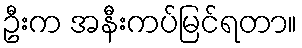
ဦးက အနီးကပ်မြင်ရတာ။